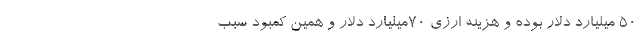
50 میلیارد دلار بوده و هزینه ارزی 70میلیارد دلار و همین کمبود سبب